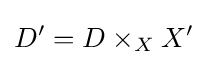
D'=D\times _{X}X'